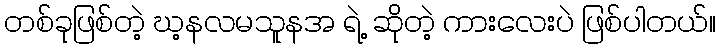
တစ်ခုဖြစ်တဲ့ ဃ့နလမသူနအ ရဲ့ ဆိုတဲ့ ကားလေးပဲ ဖြစ်ပါတယ်။